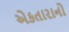
એકતારાનો